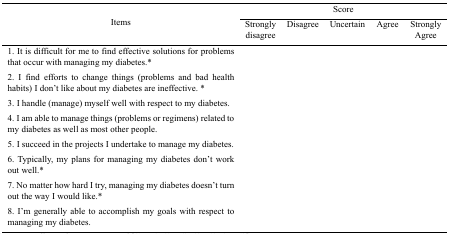
<table><thead><tr><td rowspan="3"><b>Items</b></td><td colspan="5"><b>Score</b></td></tr><tr><td><b>Strongly disagree</b></td><td><b>Disagree</b></td><td><b>Uncertain</b></td><td><b>Agree</b></td><td><b>Strongly Agree</b></td></tr></thead><tbody><tr><td>1. It is difficult for me to find effective solutions for problems that occur with managing my diabetes.*</td><td></td><td></td><td></td><td></td><td></td></tr><tr><td>2. I find efforts to change things (problems and bad health habits) I don’t like about my diabetes are ineffective. *</td><td></td><td></td><td></td><td></td><td></td></tr><tr><td>3. I handle (manage) myself well with respect to my diabetes.</td><td></td><td></td><td></td><td></td><td></td></tr><tr><td>4. I am able to manage things (problems or regimens) related to my diabetes as well as most other people.</td><td></td><td></td><td></td><td></td><td></td></tr><tr><td>5. I succeed in the projects I undertake to manage my diabetes.</td><td></td><td></td><td></td><td></td><td></td></tr><tr><td>6. Typically, my plans for managing my diabetes don’t work out well.*</td><td></td><td></td><td></td><td></td><td></td></tr><tr><td>7. No matter how hard I try, managing my diabetes doesn’t turn out the way I would like.*</td><td></td><td></td><td></td><td></td><td></td></tr><tr><td>8. I’m generally able to accomplish my goals with respect to managing my diabetes.</td><td></td><td></td><td></td><td></td><td></td></tr></tbody></table>